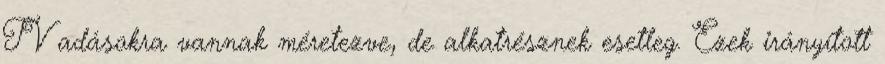
TV adásokra vannak méretezve, de alkatrésznek esetleg. Ezek irányított